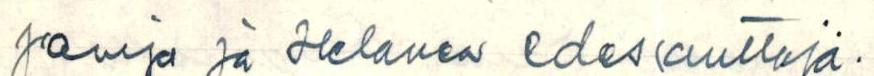
panija ja Helanen edesauttaja.